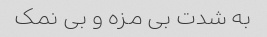
به شدت بی مزه و بی نمک